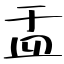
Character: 盂